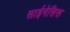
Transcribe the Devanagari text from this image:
साईनेसिस